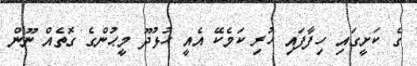
ގެ ކަށީގައި ހިފާފައި ހުރި ކަމެކޭ އެއީ ހުޅުދޫ މީޙުންގެ ގޮތެއް ނޫން